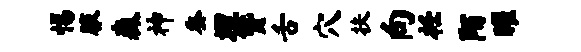
惕腋森神蚕埋赞舌穴扶向衽陌曜